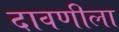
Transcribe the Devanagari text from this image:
दावणीला